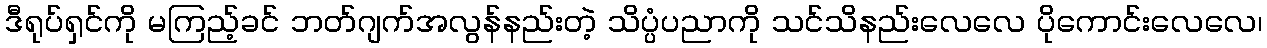
ဒီရုပ်ရှင်ကို မကြည့်ခင် ဘတ်ဂျက်အလွန်နည်းတဲ့ သိပ္ပံပညာကို သင်သိနည်းလေလေ ပိုကောင်းလေလေ၊